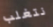
نتغلب